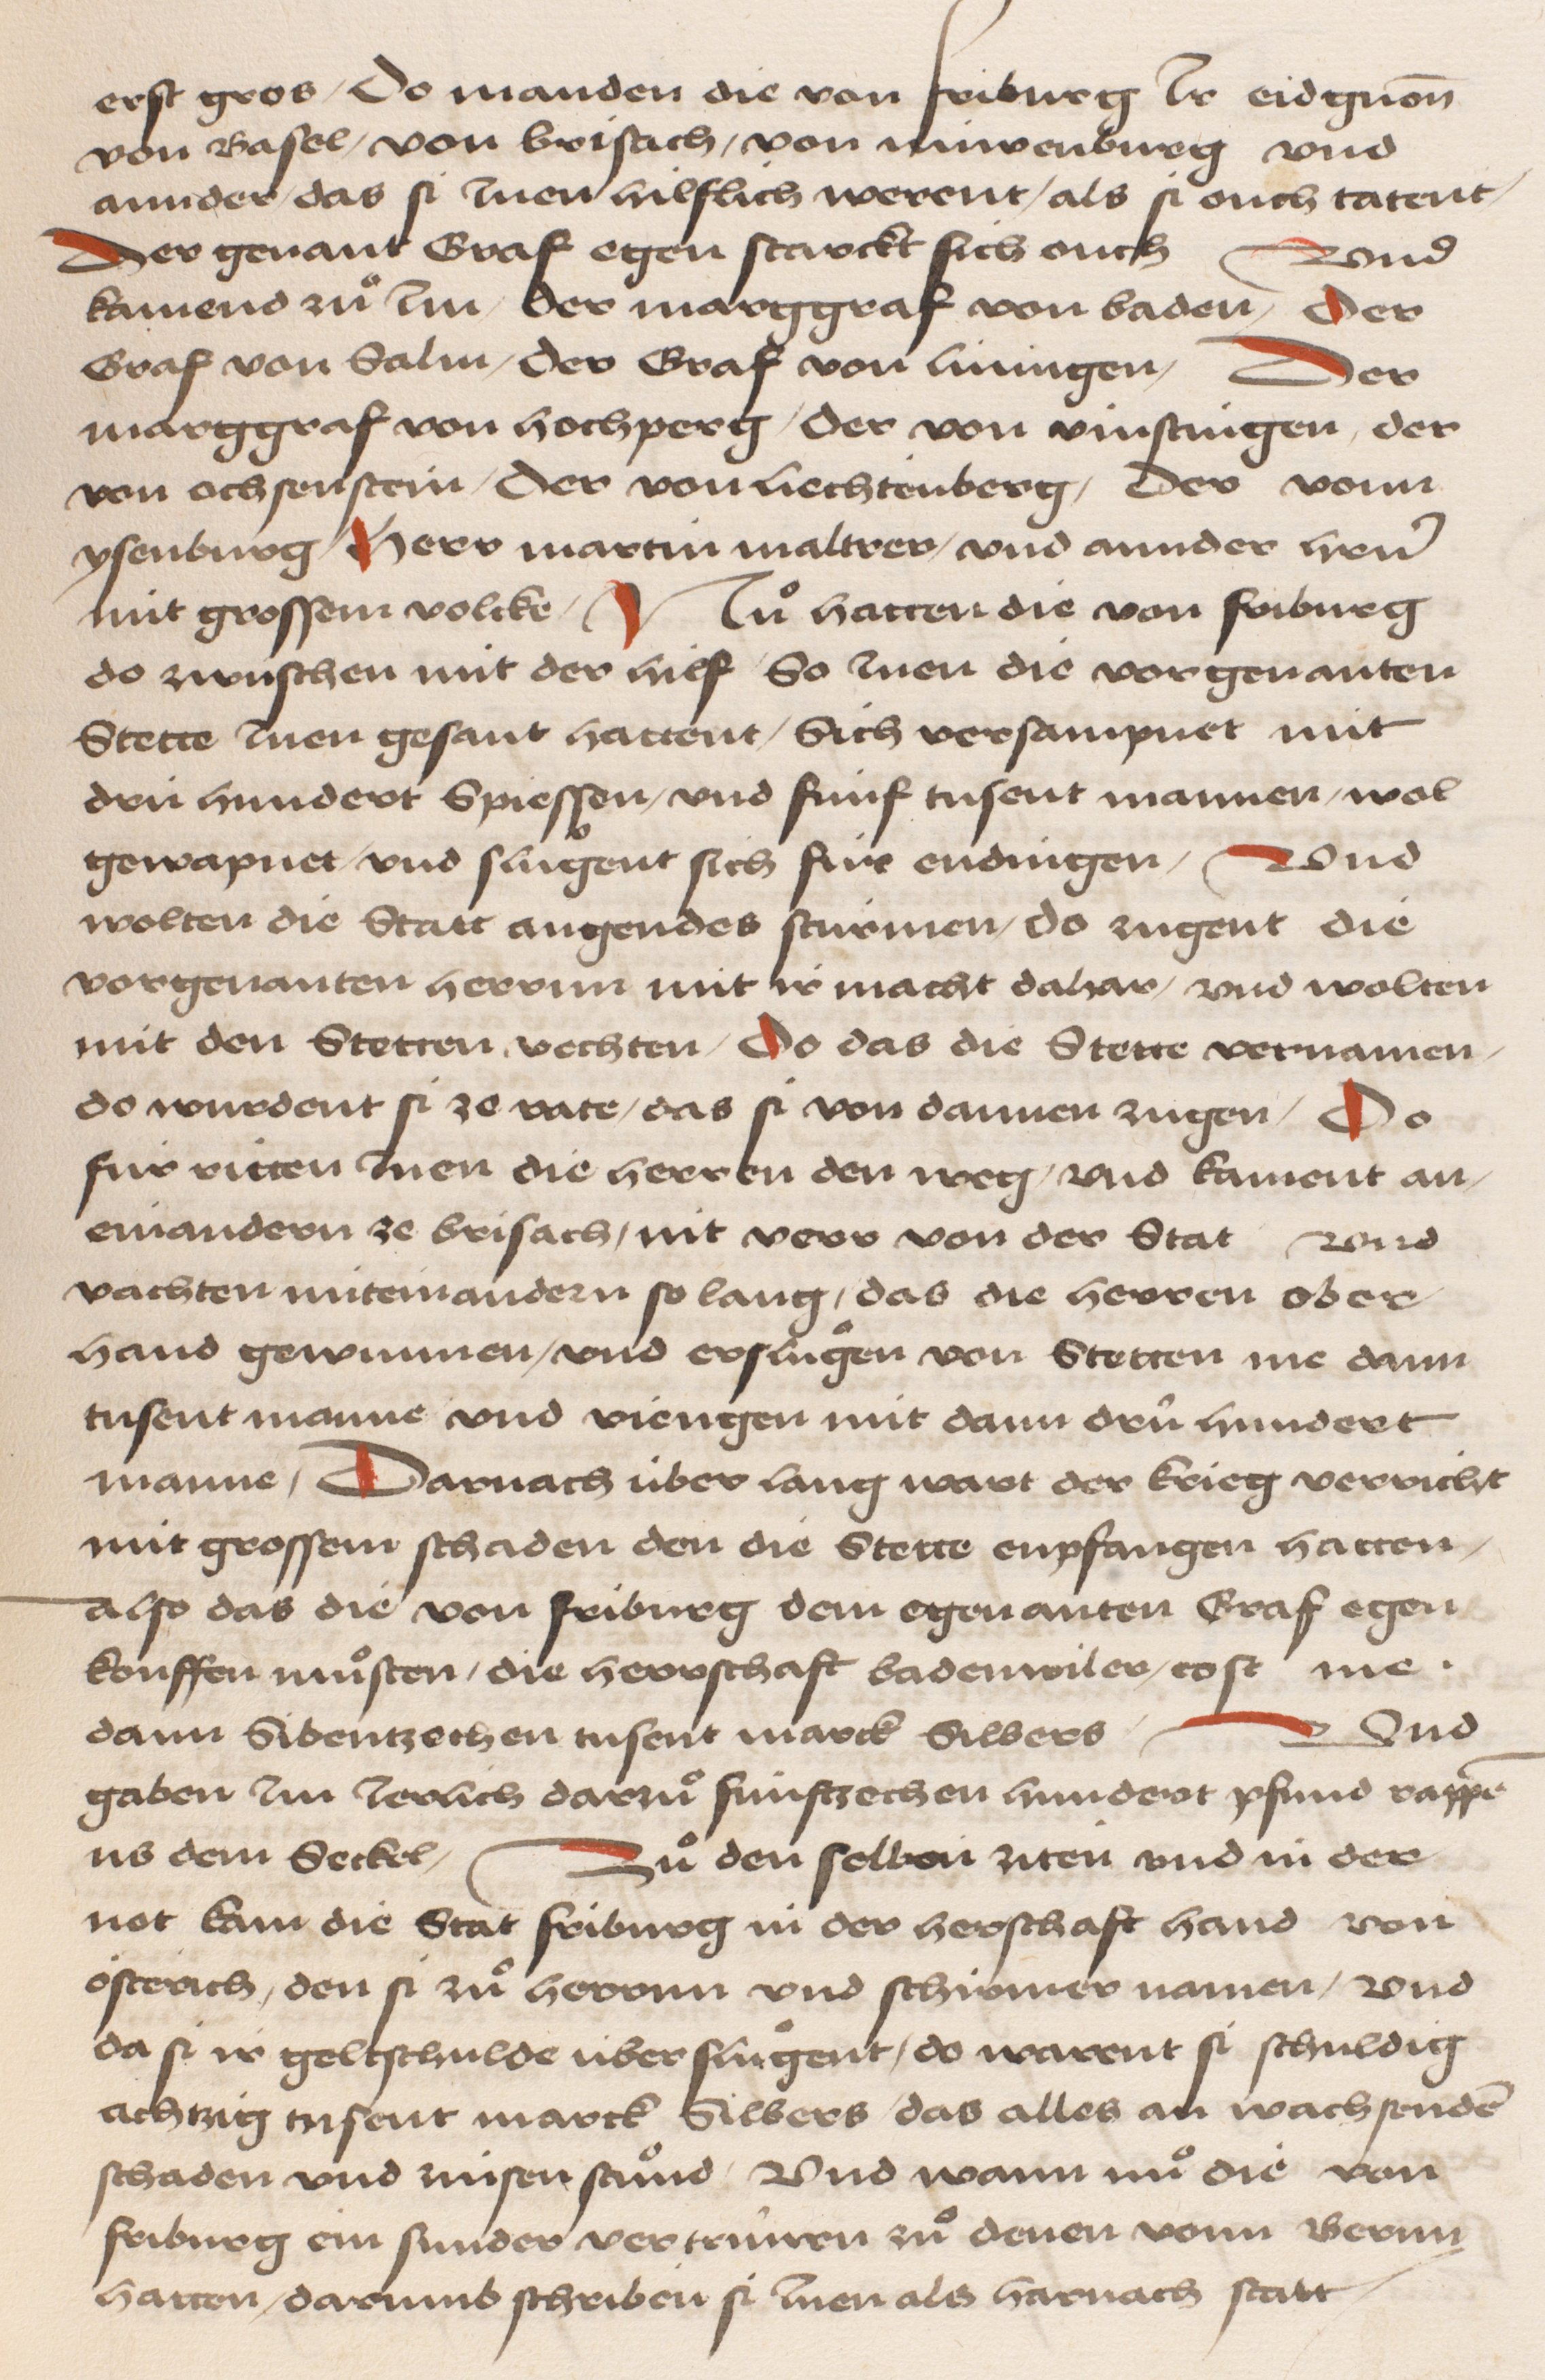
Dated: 1484–1485